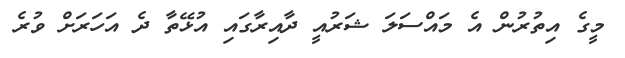
މީގެ އިތުރުން އެ މައްސަލަ ޝަރުއީ ދާއިރާގައި އުޅޭތާ ދެ އަހަރަށް ވުރެ